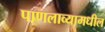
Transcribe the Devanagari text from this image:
पाणलाव्यामधील